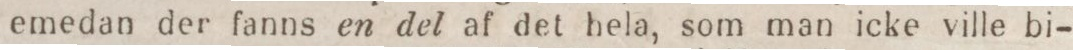
emedan der fanns en del af det hela, som man icke ville bi-